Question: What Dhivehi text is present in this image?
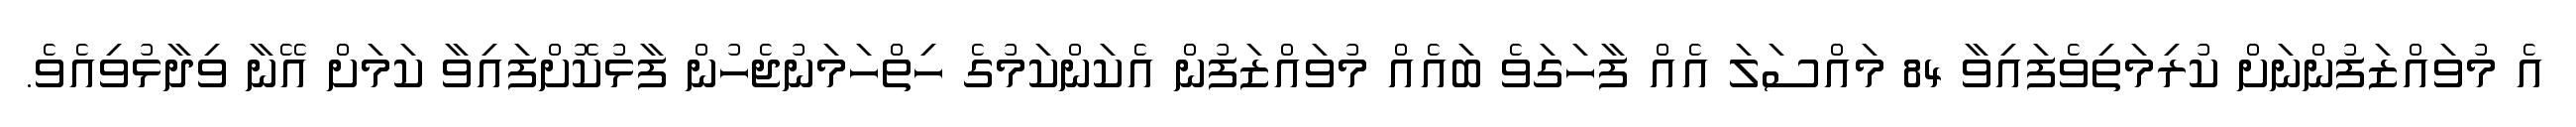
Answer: އެ މުވައްޒަފުންނަށް ކުރިމަތިވެފައިވާ 84 މައްސަލަ އެއް ފާހަގަވެ ބައެއް މުވައްޒަފުން އެކަންކަމުގެ ހިތްހަމަނުޖެހުން ފާޅުކޮށްފައިވާ ކަމަށް އޭނާ ވިދާޅުވިއެވެ.